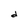
Character: d